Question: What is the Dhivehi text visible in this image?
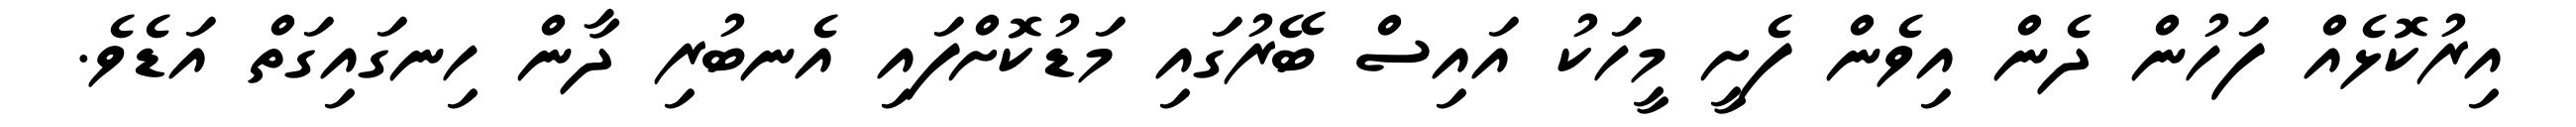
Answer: އިރުކޮޅެއް ފަހުން ދެން އިވެން ފެށީ މީހަކު އައިސް ބޭރުގައި މަޑުކޮށްފައި އެނބުރި ދާން ހިނގައިގަތް އަޑެވެ.